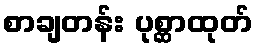
စာချတန်း ပုစ္ဆာထုတ်